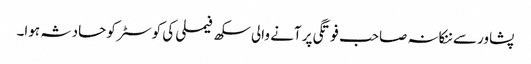
پشاور سے ننکانہ صاحب فوتگی پر آنے والی سکھ فیملی کی کوسٹر کو حادثہ ہوا۔